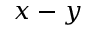
x - y